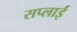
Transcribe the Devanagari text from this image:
सप्‍लाई